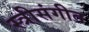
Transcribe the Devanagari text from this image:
स्त्रीसंगीत